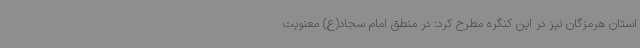
استان هرمزگان نیز در این کنگره مطرح کرد: در منطق امام سجاد(ع) معنویت